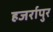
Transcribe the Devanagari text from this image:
हजर्रापुर